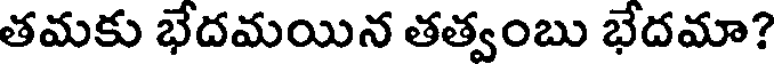
తమకు భేదమయిన తత్వంబు భేదమా?